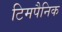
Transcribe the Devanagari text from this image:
टिमपैनिक